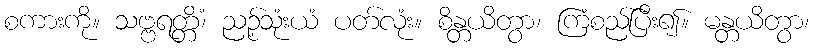
စကားကို။ သဗ္ဗရတ္တိံ၊ ညဉ့်သုံးယံ ပတ်လုံး။ စိန္တယိတွာ၊ ကြံစည်ပြီး၍။ မန္တယိတွာ၊